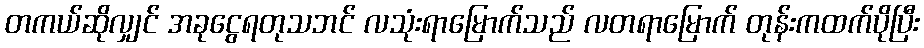
တကယ်ဆိုလျှင် အခုငွေရတုသဘင် လသုံးရာမြောက်သည် လတရာမြောက် တုန်းကထက်ပိုပြီး